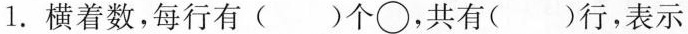
1. 横着数，每行有( )个○，共有( )行，表示